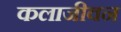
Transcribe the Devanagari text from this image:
कलाजीवन